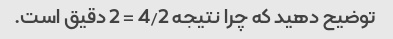
توضیح دهید که چرا نتیجه 4/2 = 2 دقیق است.